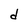
Character: d